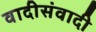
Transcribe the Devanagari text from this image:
वादीसंवादी